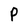
Character: P